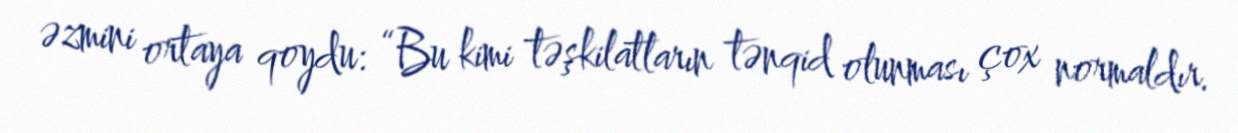
əzmini ortaya qoydu: “Bu kimi təşkilatların tənqid olunması çox normaldır.